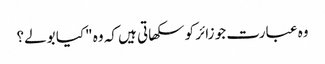
وہ عبارت جو زائر کو سکھاتی ہیں کہ وہ "کیا بولے؟